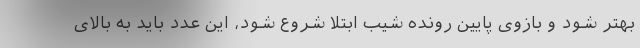
بهتر شود و بازوی پایین رونده شیب ابتلا شروع شود، این عدد باید به بالای